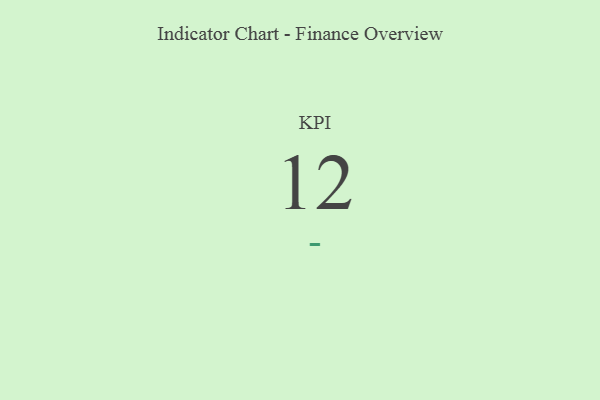
{"axis": {"x": "KPI", "y": "Value"}, "legend": [""], "data": [{"x": "KPI", "y": 12, "type": ""}]}